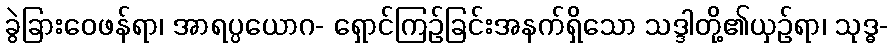
ခွဲခြားဝေဖန်ရာ၊ အာရပ္ပယောဂ- ရှောင်ကြဉ်ခြင်းအနက်ရှိသော သဒ္ဒါတို့၏ယှဉ်ရာ၊ သုဒ္ဓ-